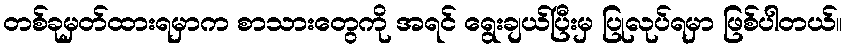
တစ်ခုမှတ်ထားရမှာက စာသားတွေကို အရင် ရွေးချယ်ပြီးမှ ပြုလုပ်ရမှာ ဖြစ်ပါတယ်။